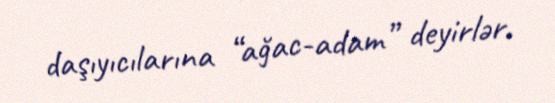
daşıyıcılarına “ağac-adam” deyirlər.